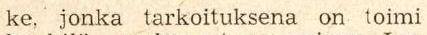
ke, jonka tarkoituksena on toimi